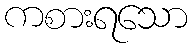
ကစားရသော